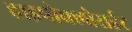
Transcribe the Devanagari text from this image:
हाइपोक्लोराईट